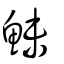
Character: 鮇